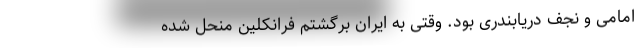
امامی و نجف دریابندری بود. وقتی به ایران برگشتم فرانکلین منحل شده